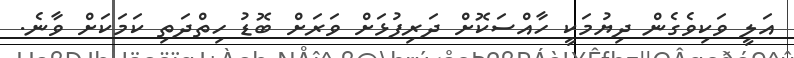
އަލީ ވަކިވެގެން ދިޔުމަކީ ހާއްސަކޮށް ދަރިފުޅަށް ވަރަށް ބޮޑު ހިތްދަތި ކަމަކަށް ވާނެ.